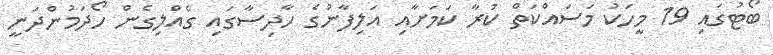
ބޯޓުގައި 19 މީހަކު މަސައްކަތް ކުރާ ކަމަށާއި އަލިފާނުގެ ހާދިސާގައި ގެއްލިގެން ހޯދަމުންދަނީ